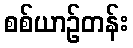
စစ်ယာဉ်တန်း